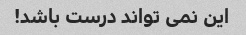
این نمی تواند درست باشد!